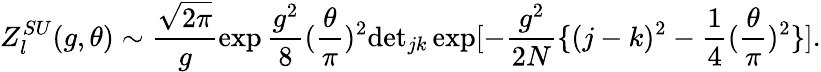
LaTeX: Z_{l}^{SU}(g,\theta)\sim\frac{\sqrt{2\pi}}{g}\exp\frac{g^{2}}{8}(\frac{\theta}{\pi})^{2}\mathrm{det}_{jk}\exp[-\frac{g^{2}}{2N}\{ (j-k)^{2}-\frac{1}{4}(\frac{\theta}{\pi})^{2}\} ].